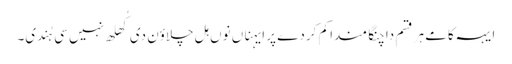
ایہہ کامے ہر قسم دا چنگا مندا کم کردے پر ایہناں نوں ہل چلاؤن دی کُھلھ نہیں سی ہُندی۔